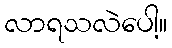
လာရသလဲပေါ့။